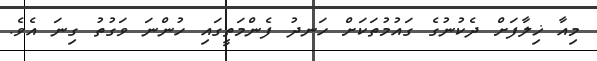
މިއާ ޚިލާފަށް ދެކުނުގެ ގައުމުތަކަށް ހަނދު ފެންމަތީގައި ހުންނަ ވަގުތު ގިނަ އެވެ.